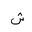
Letter: _shin